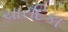
ચારદિકા